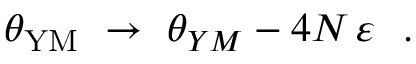
\theta _ { \mathrm { Y M } } ~ \to ~ \theta _ { Y M } - 4 N \, \varepsilon ~ ~ .